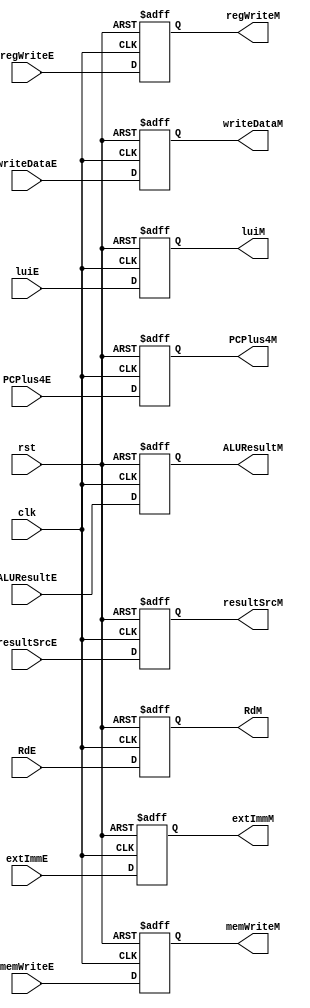
module RegEX_MEM(clk, rst, regWriteE, resultSrcE, memWriteE,
                 ALUResultE, writeDataE, RdE, PCPlus4E, luiE, extImmE,
                 regWriteM, resultSrcM, memWriteM, ALUResultM,
                 writeDataM, RdM, PCPlus4M, luiM,extImmM);

    input clk, rst, memWriteE, regWriteE, luiE;
    input [1:0] resultSrcE;
    input [4:0] RdE;
    input [31:0] ALUResultE, writeDataE, PCPlus4E, extImmE;
    
    output reg  memWriteM, regWriteM , luiM;
    output reg [1:0] resultSrcM;
    output reg [4:0] RdM;
    output reg [31:0] ALUResultM, writeDataM, PCPlus4M, extImmM;

    always @(posedge clk or posedge rst) begin

        if (rst) begin
            ALUResultM <= 32'b0;
            writeDataM <= 32'b0;
            PCPlus4M   <= 32'b0;
            extImmM    <= 32'b0;
            RdM        <= 5'b0;
            memWriteM  <= 1'b0;
            regWriteM  <= 1'b0;
            resultSrcM <= 2'b0;
            luiM       <= 1'b0;
        end 
        
        else begin
            ALUResultM <= ALUResultE;
            writeDataM <= writeDataE;
            PCPlus4M   <= PCPlus4E;
            RdM        <= RdE;
            memWriteM  <= memWriteE;
            regWriteM  <= regWriteE;
            resultSrcM <= resultSrcE;
            luiM       <= luiE;
            extImmM    <= extImmE;
        end

    end

endmodule